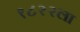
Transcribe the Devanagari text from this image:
१८२२ला